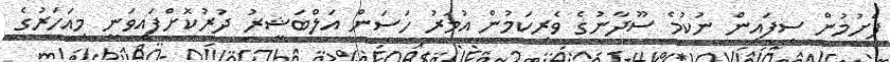
ފެށުމުން ސިފައިން ނުކުމެ ސޫދާނުގެ ވެރިކަމުން އުމަރު ހަސަން އަލްބަޝީރު ދުރުކޮށްފައިވަނީ މިއަހަރުގެ